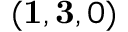
( \mathbf { 1 } , \mathbf { 3 } , 0 )